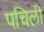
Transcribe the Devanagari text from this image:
पचिली